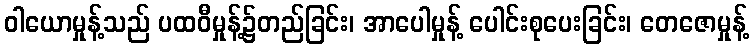
ဝါယောမှုန့်သည် ပထဝီမှုန့်၌တည်ခြင်း၊ အာပေါမှုန့် ပေါင်းစုပေးခြင်း၊ တေဇောမှုန့်